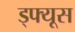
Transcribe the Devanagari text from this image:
ड्फ्यूस